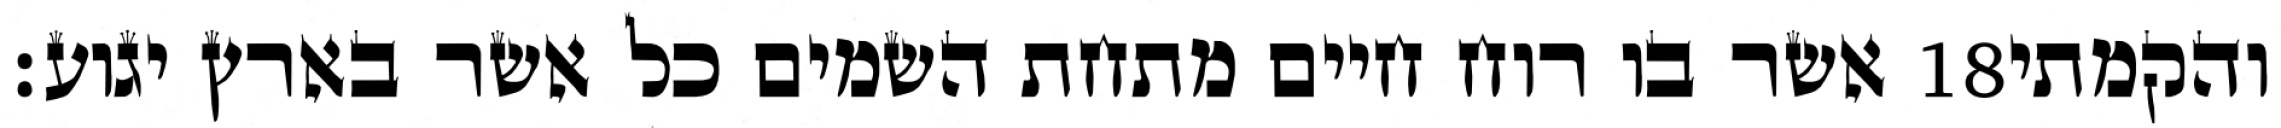
אשר בו רוח חיים מתחת השמים כל אשר בארץ יגוע׃ ‎18‏ והקמתי